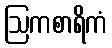
ဩကစာရိကံ